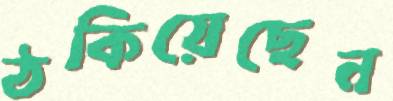
ঠকিয়েছেন